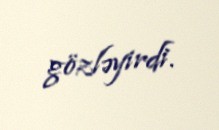
gözləyirdi.